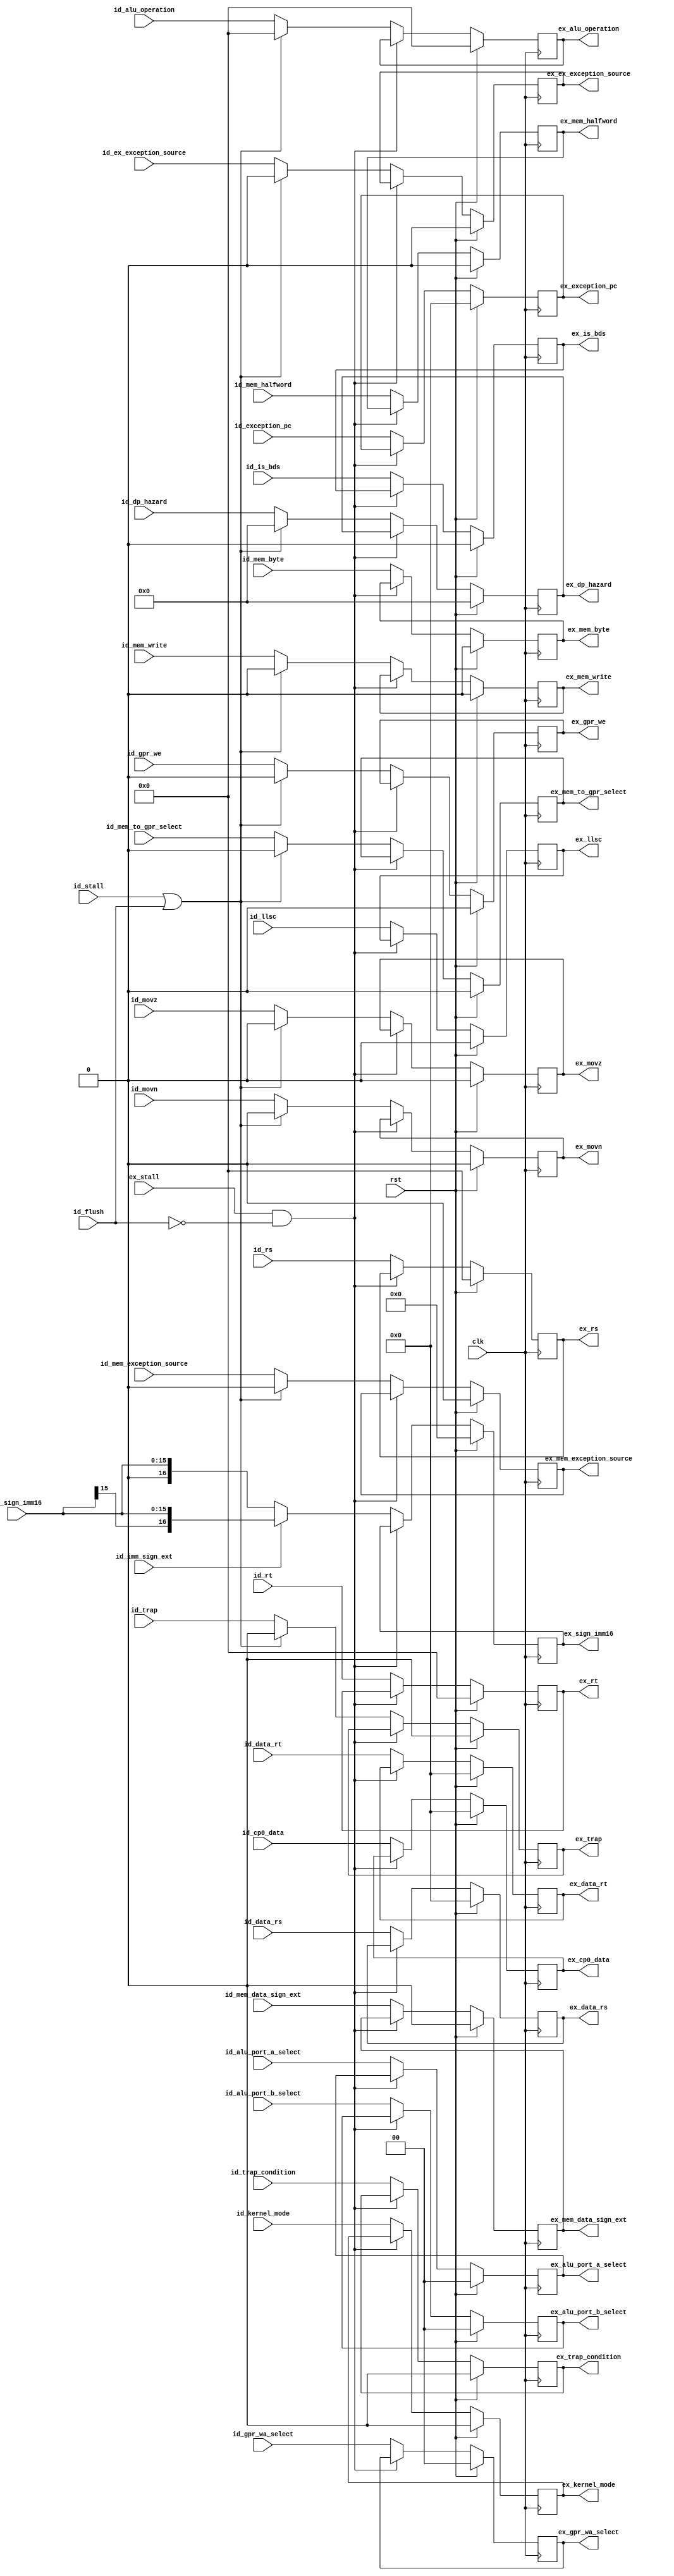
//==================================================================================================
//  Revision      : 1.0
//  Company       : Universidad Simn Bolvar
//
//  Description   : Pipeline register: ID -> EX
//==================================================================================================

module antares_idex_register (
                              input             clk,                     // Main clock
                              input             rst,                     // Main reset
                              input [4:0]       id_alu_operation,        // ALU operation from ID stage
                              input [31:0]      id_data_rs,              // Data Rs (forwarded)
                              input [31:0]      id_data_rt,              // Data Rt (forwarded)
                              input             id_gpr_we,               // GPR write enable
                              input             id_mem_to_gpr_select,    // Select MEM/ALU to GPR
                              input             id_mem_write,            // write to memory
                              input [1:0]       id_alu_port_a_select,    // Select: GPR, shamt, 0x00000004
                              input [1:0]       id_alu_port_b_select,    // Select: GPR, Imm16, PCAdd4
                              input [1:0]       id_gpr_wa_select,        // Select: direccion: Rt, Rd, $31
                              input             id_mem_byte,             // byte access
                              input             id_mem_halfword,         // halfword access
                              input             id_mem_data_sign_ext,    // Zero/Sign extend
                              input [4:0]       id_rs,                   // Rs
                              input [4:0]       id_rt,                   // Rt
                              input [3:0]       id_dp_hazard,
                              input             id_imm_sign_ext,         // extend the imm16
                              input [15:0]      id_sign_imm16,           // sign_ext(imm16)
                              input [31:0]      id_cp0_data,             //
                              input [31:0]      id_exception_pc,         // Current PC
                              input             id_movn,
                              input             id_movz,
                              input             id_llsc,
                              input             id_kernel_mode,
                              input             id_is_bds,
                              input             id_trap,
                              input             id_trap_condition,
                              input             id_ex_exception_source,
                              input             id_mem_exception_source,
                              input             id_flush,                // clean
                              input             id_stall,                // Stall ID stage
                              input             ex_stall,                // Stall EX stage
                              output reg [4:0]  ex_alu_operation,        // Same signals, but on EX stage
                              output reg [31:0] ex_data_rs,              //
                              output reg [31:0] ex_data_rt,              //
                              output reg        ex_gpr_we,               //
                              output reg        ex_mem_to_gpr_select,    //
                              output reg        ex_mem_write,            //
                              output reg [1:0]  ex_alu_port_a_select,    //
                              output reg [1:0]  ex_alu_port_b_select,    //
                              output reg [1:0]  ex_gpr_wa_select,        //
                              output reg        ex_mem_byte,             //
                              output reg        ex_mem_halfword,         //
                              output reg        ex_mem_data_sign_ext,    //
                              output reg [4:0]  ex_rs,                   //
                              output reg [4:0]  ex_rt,                   //
                              output reg [3:0]  ex_dp_hazard,
                              output reg [16:0] ex_sign_imm16,           //
                              output reg [31:0] ex_cp0_data,
                              output reg [31:0] ex_exception_pc,
                              output reg        ex_movn,
                              output reg        ex_movz,
                              output reg        ex_llsc,
                              output reg        ex_kernel_mode,
                              output reg        ex_is_bds,
                              output reg        ex_trap,
                              output reg        ex_trap_condition,
                              output reg        ex_ex_exception_source,
                              output reg        ex_mem_exception_source
                              );

    // sign extend the imm16
    wire [16:0] id_imm_extended = (id_imm_sign_ext) ? {id_sign_imm16[15], id_sign_imm16[15:0]} : {1'b0, id_sign_imm16};

    //--------------------------------------------------------------------------
    // Propagate signals
    // Clear only critical signals: op, WE, MEM write and Next PC
    //--------------------------------------------------------------------------
    always @(posedge clk) begin
        ex_alu_operation        <= (rst) ? 5'b0  : ((ex_stall & ~id_flush) ? ex_alu_operation        : ((id_stall | id_flush) ? 5'b0 : id_alu_operation));
        ex_data_rs              <= (rst) ? 32'b0 : ((ex_stall & ~id_flush) ? ex_data_rs                                              : id_data_rs);
        ex_data_rt              <= (rst) ? 32'b0 : ((ex_stall & ~id_flush) ? ex_data_rt                                              : id_data_rt);
        ex_gpr_we               <= (rst) ? 1'b0  : ((ex_stall & ~id_flush) ? ex_gpr_we               : ((id_stall | id_flush) ? 1'b0 : id_gpr_we));
        ex_mem_to_gpr_select    <= (rst) ? 1'b0  : ((ex_stall & ~id_flush) ? ex_mem_to_gpr_select    : ((id_stall | id_flush) ? 1'b0 : id_mem_to_gpr_select));
        ex_mem_write            <= (rst) ? 1'b0  : ((ex_stall & ~id_flush) ? ex_mem_write            : ((id_stall | id_flush) ? 1'b0 : id_mem_write));
        ex_alu_port_a_select    <= (rst) ? 2'b0  : ((ex_stall & ~id_flush) ? ex_alu_port_a_select                                    : id_alu_port_a_select);
        ex_alu_port_b_select    <= (rst) ? 2'b0  : ((ex_stall & ~id_flush) ? ex_alu_port_b_select                                    : id_alu_port_b_select);
        ex_gpr_wa_select        <= (rst) ? 2'b0  : ((ex_stall & ~id_flush) ? ex_gpr_wa_select                                        : id_gpr_wa_select);
        ex_mem_byte             <= (rst) ? 1'b0  : ((ex_stall & ~id_flush) ? ex_mem_byte                                             : id_mem_byte);
        ex_mem_halfword         <= (rst) ? 1'b0  : ((ex_stall & ~id_flush) ? ex_mem_halfword                                         : id_mem_halfword);
        ex_mem_data_sign_ext    <= (rst) ? 1'b0  : ((ex_stall & ~id_flush) ? ex_mem_data_sign_ext                                    : id_mem_data_sign_ext);
        ex_rs                   <= (rst) ? 5'b0  : ((ex_stall & ~id_flush) ? ex_rs                                                   : id_rs);
        ex_rt                   <= (rst) ? 5'b0  : ((ex_stall & ~id_flush) ? ex_rt                                                   : id_rt);
        ex_dp_hazard            <= (rst) ? 4'b0  : ((ex_stall & ~id_flush) ? ex_dp_hazard            : ((id_stall | id_flush) ? 4'b0 : id_dp_hazard));
        ex_sign_imm16           <= (rst) ? 17'b0 : ((ex_stall & ~id_flush) ? ex_sign_imm16                                           : id_imm_extended);
        ex_cp0_data             <= (rst) ? 32'b0 : ((ex_stall & ~id_flush) ? ex_cp0_data                                             : id_cp0_data);
        ex_exception_pc         <= (rst) ? 32'b0 : ((ex_stall & ~id_flush) ? ex_exception_pc                                         : id_exception_pc);
        ex_movn                 <= (rst) ? 1'b0  : ((ex_stall & ~id_flush) ? ex_movn                 : ((id_stall | id_flush) ? 1'b0 : id_movn));
        ex_movz                 <= (rst) ? 1'b0  : ((ex_stall & ~id_flush) ? ex_movz                 : ((id_stall | id_flush) ? 1'b0 : id_movz));
        ex_llsc                 <= (rst) ? 1'b0  : ((ex_stall & ~id_flush) ? ex_llsc                                                 : id_llsc);
        ex_kernel_mode          <= (rst) ? 1'b0  : ((ex_stall & ~id_flush) ? ex_kernel_mode                                          : id_kernel_mode);
        ex_is_bds               <= (rst) ? 1'b0  : ((ex_stall & ~id_flush) ? ex_is_bds                                               : id_is_bds);
        ex_trap                 <= (rst) ? 1'b0  : ((ex_stall & ~id_flush) ? ex_trap                 : ((id_stall | id_flush) ? 1'b0 : id_trap));
        ex_trap_condition       <= (rst) ? 1'b0  : ((ex_stall & ~id_flush) ? ex_trap_condition                                       : id_trap_condition);
        ex_ex_exception_source  <= (rst) ? 1'b0  : ((ex_stall & ~id_flush) ? ex_ex_exception_source  : ((id_stall | id_flush) ? 1'b0 : id_ex_exception_source));
        ex_mem_exception_source <= (rst) ? 1'b0  : ((ex_stall & ~id_flush) ? ex_mem_exception_source : ((id_stall | id_flush) ? 1'b0 : id_mem_exception_source));
    end // always @ (posedge clk)
endmodule // antares_idex_register